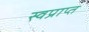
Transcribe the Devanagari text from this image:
स्वप्राप्त